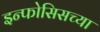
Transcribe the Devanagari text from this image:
इन्फोसिसच्या